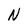
Character: N